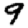
Digit: 9